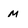
Character: m